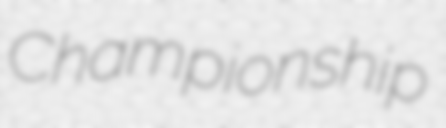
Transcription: Championship